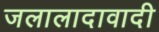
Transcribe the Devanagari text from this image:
जलालादावादी